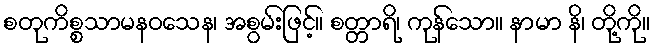
စတုကိစ္စသာမနဝသေန၊ အစွမ်းဖြင့်။ စတ္တာရိ၊ ကုန်သော။ နာမာ နိ၊ တို့ကို။